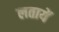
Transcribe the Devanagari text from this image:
लतायें